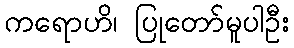
ကရောဟိ၊ ပြုတော်မူပါဦး